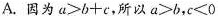
A.因为$$a > b + e$$，所以$$a ＞ b$$，c ＜ 0$$